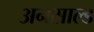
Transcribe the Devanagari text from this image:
अनसाल्ड